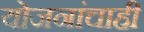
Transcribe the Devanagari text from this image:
योजनांचाही